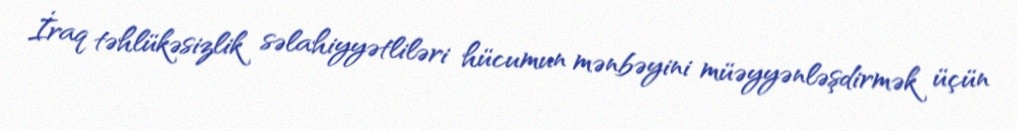
İraq təhlükəsizlik səlahiyyətliləri hücumun mənbəyini müəyyənləşdirmək üçün